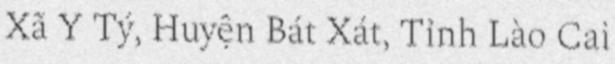
Xã Y Tý, Huyện Bát Xát, Tỉnh Lào Cai